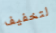
لتخفيف